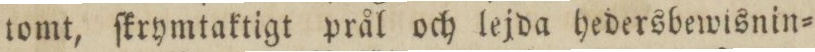
tomt, ſkrymtaktigt prål och lejda hedersbewisnin=